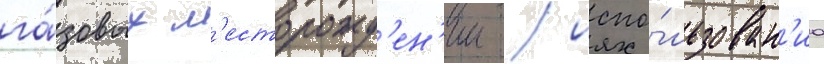
га́зовых м'есторожд'ен'ии / испо́льзован'иа